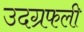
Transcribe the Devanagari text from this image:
उदग्रफली